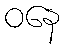
ဝနေ